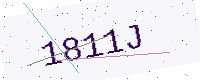
Text: 1811J